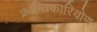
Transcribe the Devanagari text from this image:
क्रान्तिकारियोण